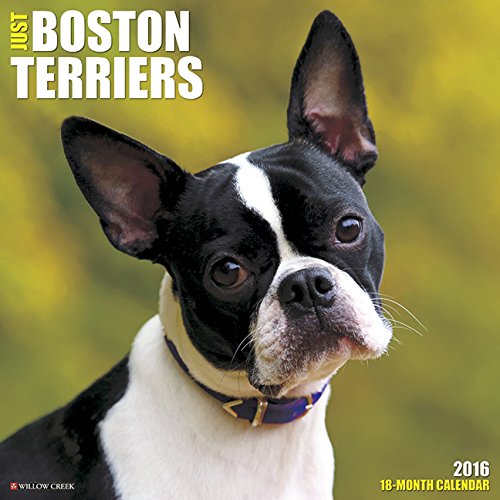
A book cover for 2016 Just Boston Terriers Wall Calendar; Willow Creek Press; Calendars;